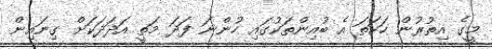
މީގެ އިތުރުން ހަކަތަ އެ ބުއިންތަކުގައި ހުންނަ ފަދަ މަތީ އަދަދަކަށް ގިނައިން